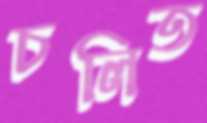
চলিত